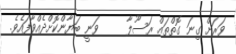
ވަރަށް ގިނަ ގޮތްތައް ރަސޫލާ     ވަނީ ބަޔާންކޮށްދެއްވާފައެވެ.